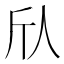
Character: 𫢍